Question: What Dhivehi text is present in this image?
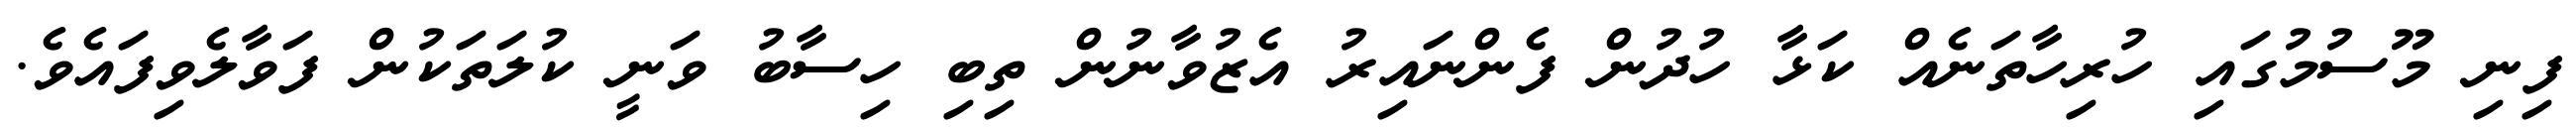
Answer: ފިނި މޫސުމުގައި ހުރިހާތަނެއް ކަޅާ ހުދުން ފެންނައިރު އެޒުވާނުން ތިބި ހިސާބު ވަނީ ކުލަތަކުން ފަވާލެވިފައެވެ.